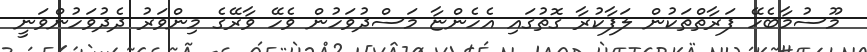
މޫސުމާބެހޭ ފަރާތްތަކުން ލަފާކުރާ ގޮތުގައި އެހެންޏާ މަސްދުވަހުން ވެހޭ ވާރޭގެ މިންވަރު ދެދުވަހުންވަނީ